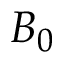
B _ { 0 }